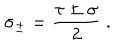
\sigma _ { \pm } = \frac { \tau \pm \sigma } { 2 } \ .